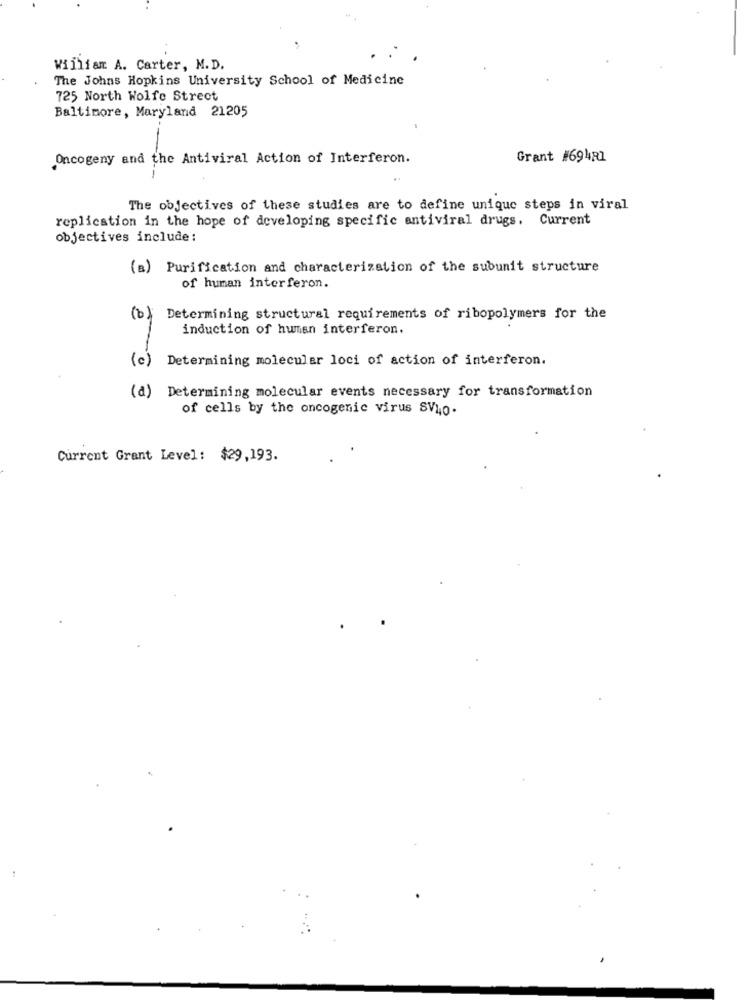
William A. Carter, M.D.
The Johns Hopkins University School of Medicine
725 North Wolfe Street
Baltimore, Maryland 21205
Oncogeny and the Antiviral Action of Interferon.
Grant #694R1
The objectives of these studies are to define unique steps in viral
replication in the hope of developing specific antiviral drugs. Current
objectives include :
(a) Purification and characterization of the subunit structure
of human interferon.
(0)
Determining structural requirements of ribopolymers for the
induction of human interferon.
(c)
Determining molecular loci of action of interferon.
(a) Determining molecular events necessary for transformation
of cells by the oncogenic virus SVyo.
Current Grant Level: $29,193.